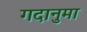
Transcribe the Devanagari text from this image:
गदानुमा